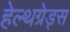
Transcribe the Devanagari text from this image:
हेल्थग्रेड्स